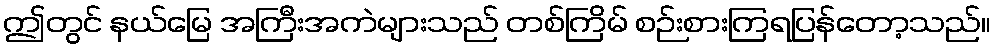
ဤတွင် နယ်မြေ အကြီးအကဲများသည် တစ်ကြိမ် စဉ်းစားကြရပြန်တော့သည်။